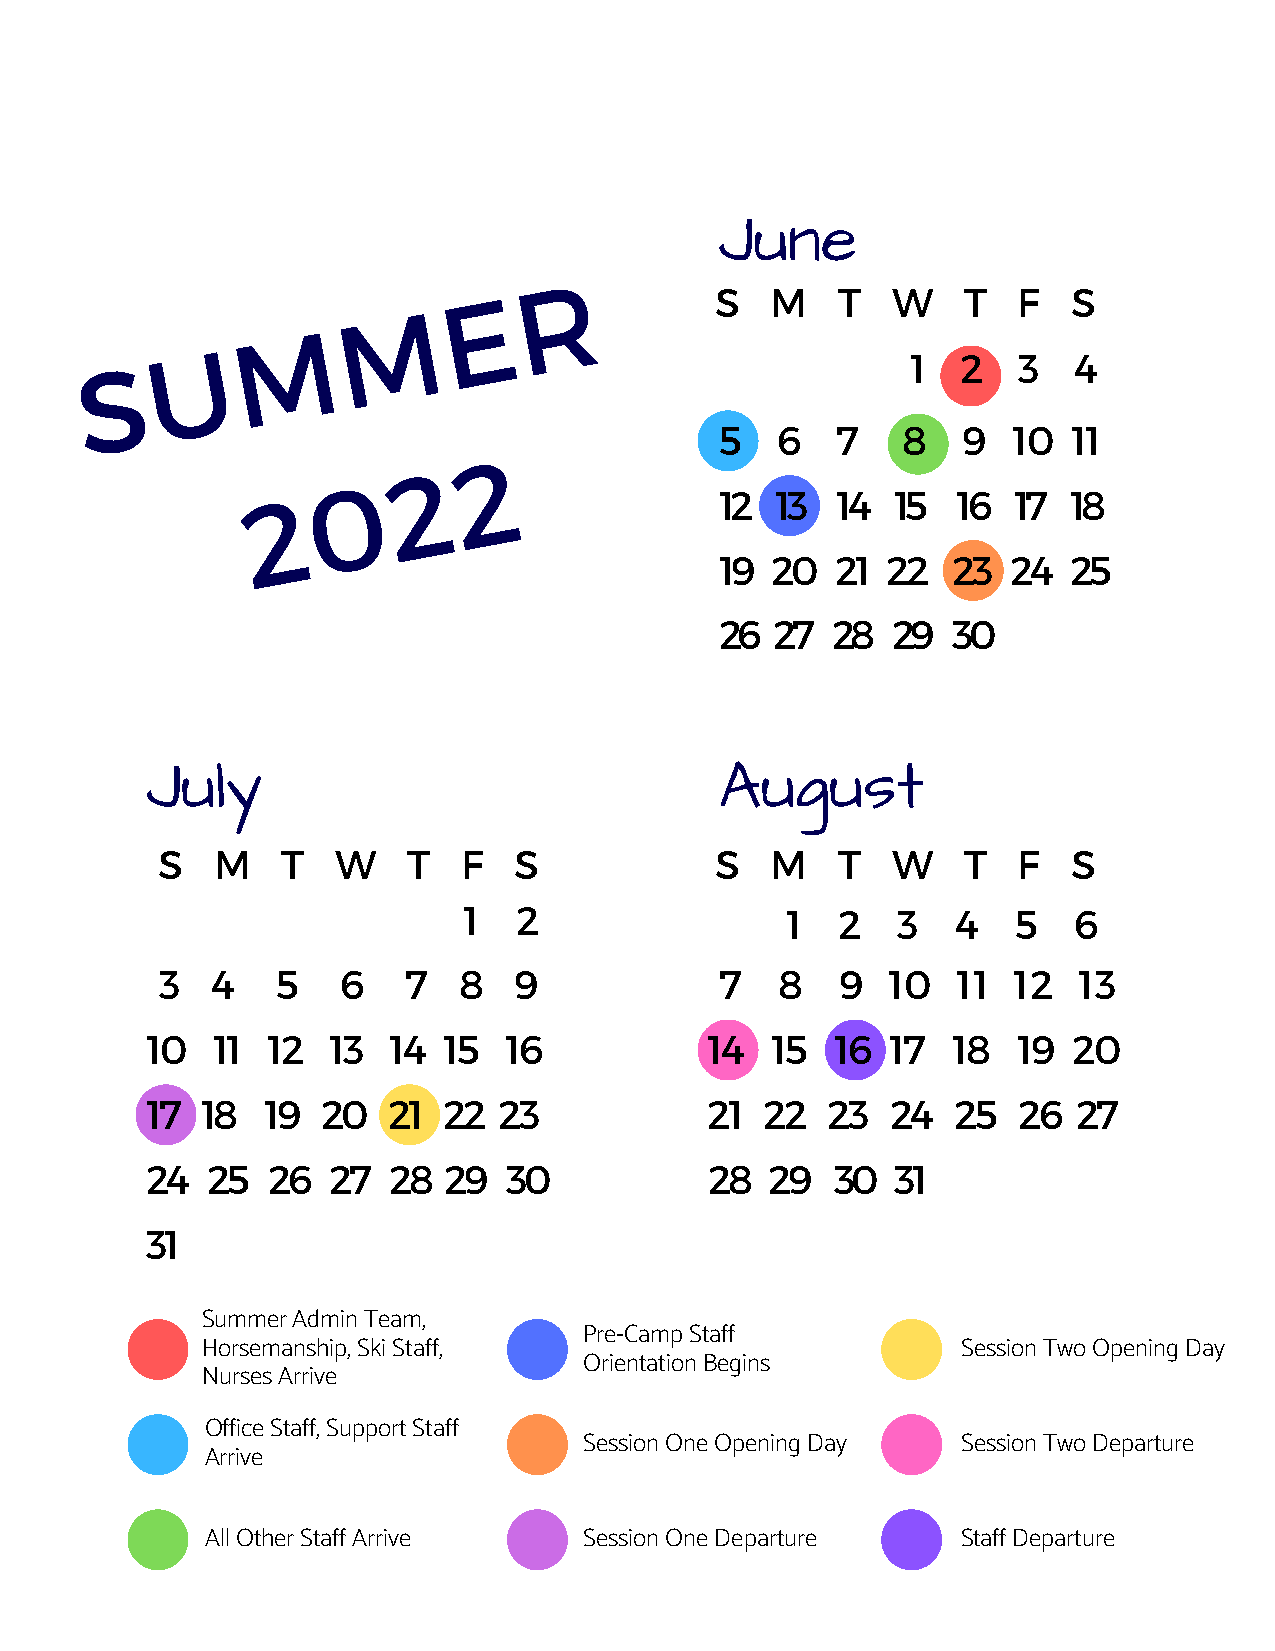
June
 R
 E                S   M   T   W    T  F   S
 M
 M
 U
 S                                                     1   2  3   4
 5  6   7    8   9  10  11
 2
 2
 0
 2                              12 13  14  15  16  17  18
 19 20  21  22  23  24  25
 26 27  28  29  30
 July                                  August
 S   M    T  W    T   F  S            S   M   T   W    T  F   S
 1  2                 1  2   3   4   5   6
 3  4   5   6    7  8   9             7  8    9  10  11  12  13
 10  11  12  13  14 15  16            14  15  16  17  18  19  20
 17 18   19 20   21 22  23            21  22  23  24  25  26  27
 24  25  26  27  28 29   30           28  29  30  31
 31
 Summer Admin Team,
 Pre-Camp Staff
 Horsemanship, Ski Staff,                           Session Two Opening Day
 Orientation Begins
 Nurses Arrive
 Office Staff, Support Staff
 Session One Opening Day  Session Two Departure
 Arrive
 All Other Staff Arrive   Session One Departure    Staff Departure